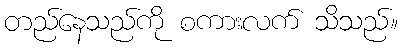
တည်နေသည်ကို စကားလက် သိသည်။